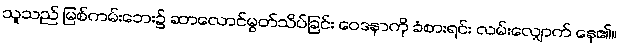
သူသည် မြစ်ကမ်းဘေး၌ ဆာလောင်မွတ်သိပ်ခြင်း ဝေဒနာကို ခံစားရင်း လမ်းလျှောက် နေ၏။